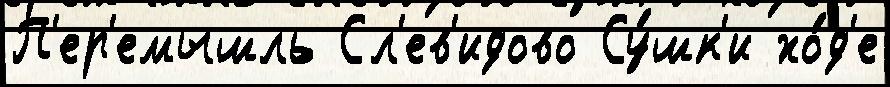
П'ер'емышль Сл'ев'идово Су́шк'и хо́д'е